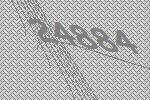
24884